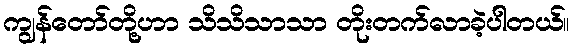
ကျွန်တော်တို့ဟာ သိသိသာသာ တိုးတက်လာခဲ့ပါတယ်။